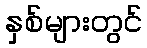
နှစ်များတွင်